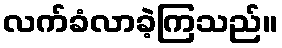
လက်ခံလာခဲ့ကြသည်။